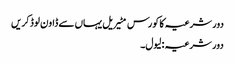
دور شرعیہ کا کورس مٹیریل یہاں سے ڈاون لوڈ کریں
دور شرعیہ : لیول۔